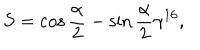
LaTeX: S = \cos \frac { \alpha } { 2 } - \sin \frac { \alpha } { 2 } \gamma ^ { 1 6 } ,